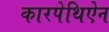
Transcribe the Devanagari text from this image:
कारपेथिऐन